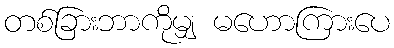
တစ်ခြားဘာကိုမျှ မဟောကြားပေ